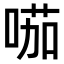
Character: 𠸏